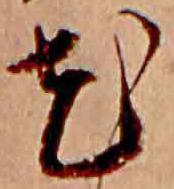
花